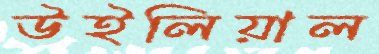
উইলিয়াল